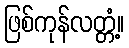
ဖြစ်ကုန်လတ္တံ့။